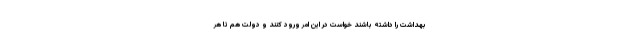
بهداشت را داشته باشند خواست در این امر ورود کنند و دولت هم تا هر